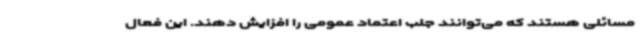
مسائلی هستند که می‌توانند جلب اعتماد عمومی را افزایش دهند. این فعال